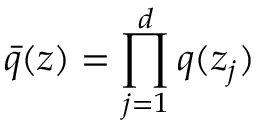
\bar { q } ( \boldsymbol { z } ) = \prod _ { j = 1 } ^ { d } q ( z _ { j } )